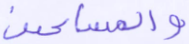
والمساكين